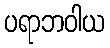
ပရာဘဝါယ